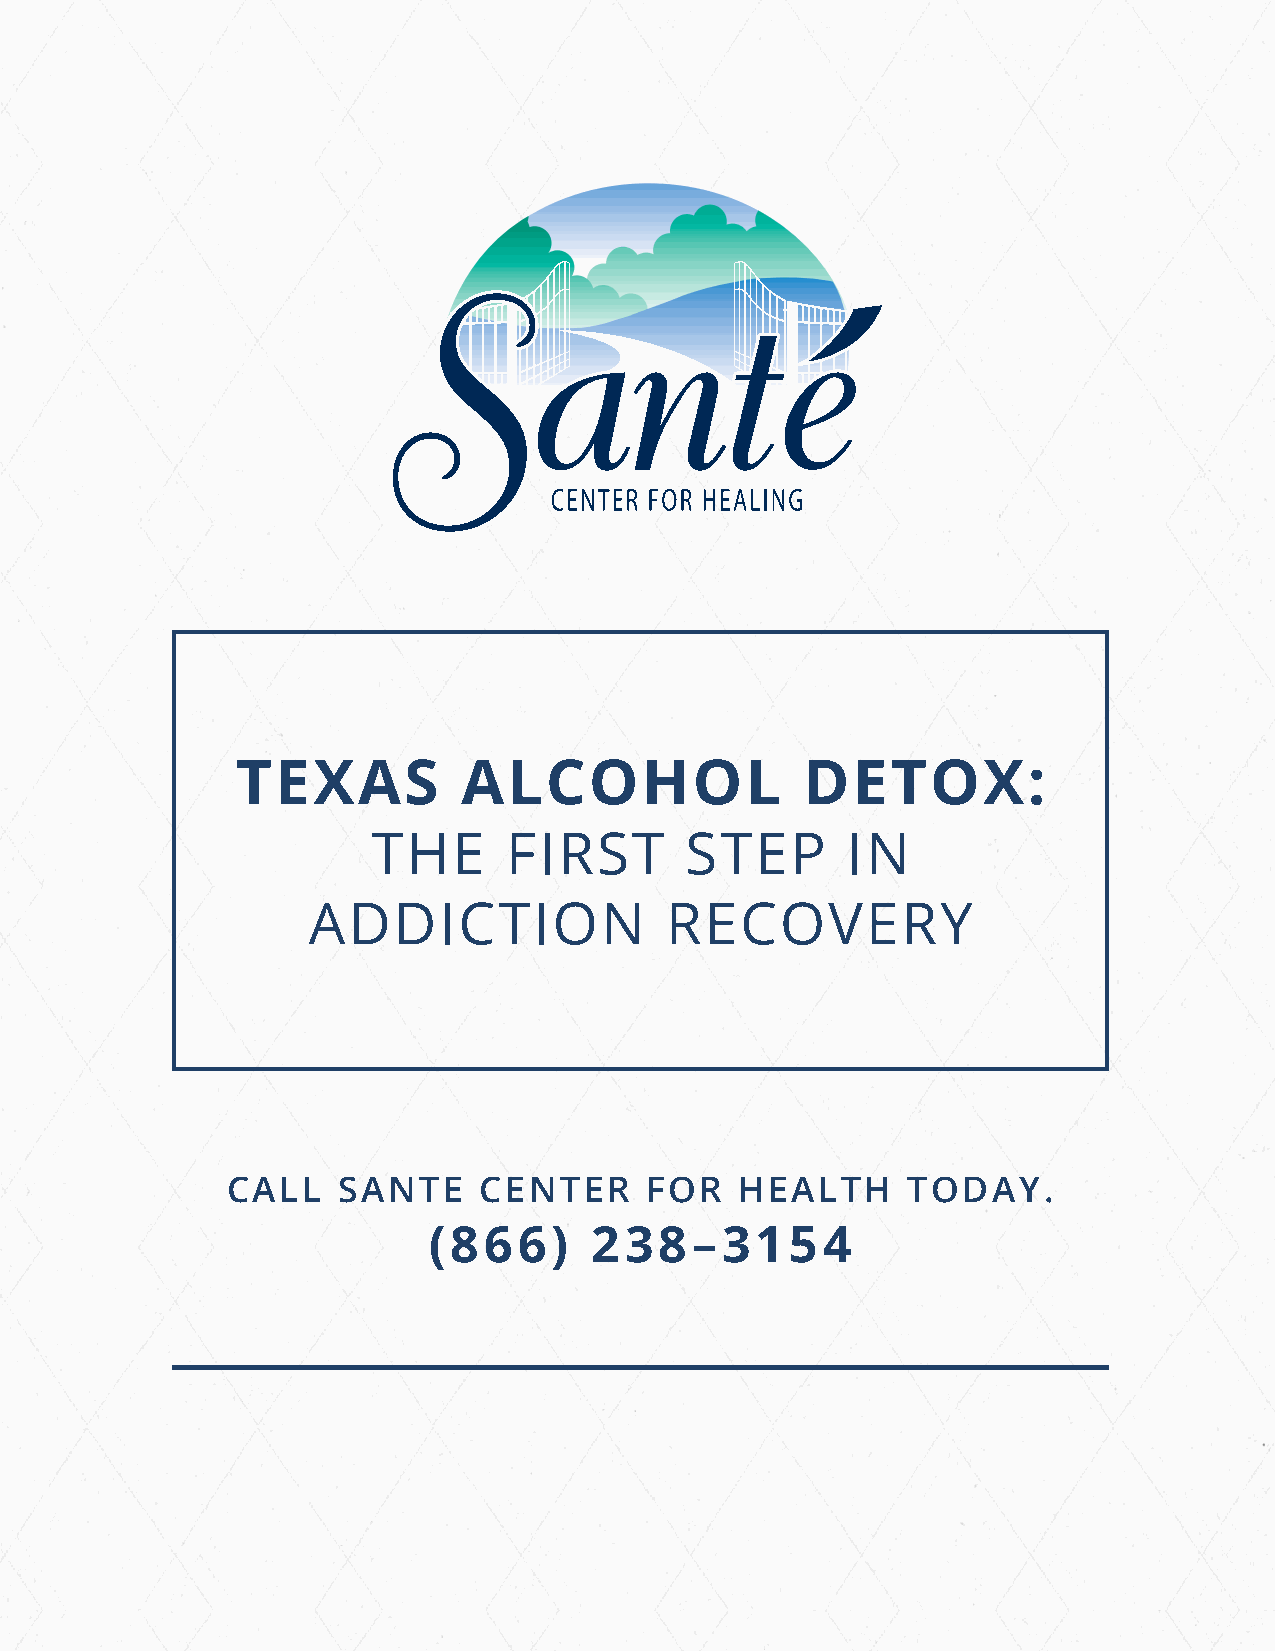
TEXAS          ALCOHOL               DETOX:
 THE     FIRST       STEP       IN
 ADDICTION               RECOVERY
 CALL   SANTE     CENTER     FOR   HEALTH     TODAY.
 (866)      238–3154